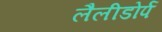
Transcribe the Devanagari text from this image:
लैलीडोर्प